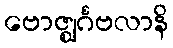
ဗောဇ္ဈင်္ဂဗလာနိ